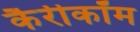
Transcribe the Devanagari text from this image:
कैरीकॉम